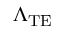
\Lambda _ { \mathrm { T E } }